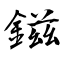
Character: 鎡